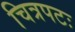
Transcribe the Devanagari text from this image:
चित्रपटः